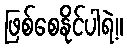
ဖြစ်စေနိုင်ပါရဲ့။